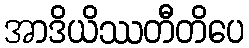
အာဒိယိဿတီတိပေ